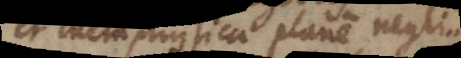
et metaphysica plane negligamus